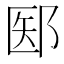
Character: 𫑝